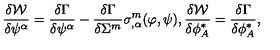
\frac { \delta { \cal W } } { \delta \psi ^ { \alpha } } = \frac { \delta \Gamma } { \delta \psi ^ { \alpha } } - \frac { \delta \Gamma } { \delta \Sigma ^ { m } } \sigma _ { , \alpha } ^ { m } ( \varphi , \psi ) , \frac { \delta { \cal W } } { \delta \phi _ { A } ^ { * } } = \frac { \delta \Gamma } { \delta \phi _ { A } ^ { * } } ,